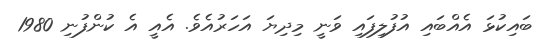
ބައިކުޅަ އެއްބައި އުފުލިފައި ވަނީ މިދިޔަ އަހަރުއެވެ. އެއީ އެ ކުންފުނި 1980